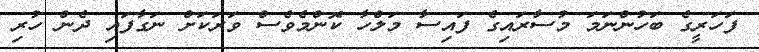
ފަހަރީގެ ބަހުންނަމަ މުސާރައިގެ ފައިސާ މަލްހާ ކޮންމެވެސް ވަރަކަށް ނަގާފައި ދެން ހުރި